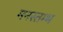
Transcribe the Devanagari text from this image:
मनस्तम्भ